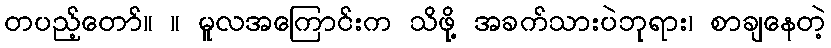
တပည့်တော်။ ။ မူလအကြောင်းက သိဖို့ အခက်သားပဲဘုရား၊ စာချနေတဲ့